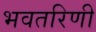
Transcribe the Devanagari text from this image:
भवतरिणी